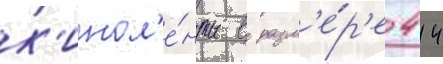
к'инол'е́нты в разм'е́р'е 414